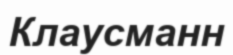
Клаусманн